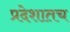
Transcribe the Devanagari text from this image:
प्रदेशातच